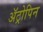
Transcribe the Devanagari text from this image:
अॅट्रोपिन